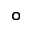
^ \circ